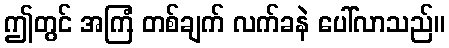
ဤတွင် အကြံ တစ်ချက် လက်ခနဲ ပေါ်လာသည်။